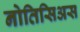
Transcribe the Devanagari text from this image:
नोतिसिअस